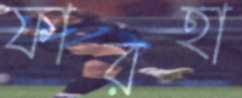
ফারহা